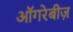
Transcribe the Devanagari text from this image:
ऑगरेबीज़